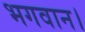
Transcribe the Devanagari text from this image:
भगवान।